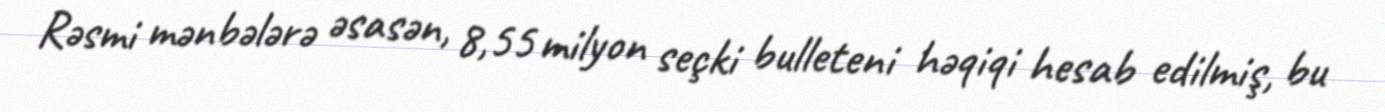
Rəsmi mənbələrə əsasən, 8,55 milyon seçki bulleteni həqiqi hesab edilmiş, bu